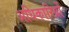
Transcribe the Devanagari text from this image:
अधिकारिय़ों